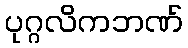
ပုဂ္ဂလိကဘဏ်